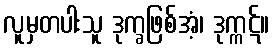
လူမှတပါးသူ ဒုက္ခဖြစ်အံ့၊ ဒုက္ကဋ်။